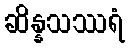
ဆိန္နသဿရံ